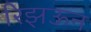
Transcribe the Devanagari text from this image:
रिझऊन